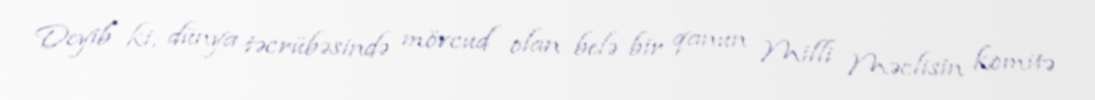
Deyib ki, dünya təcrübəsində mövcud olan belə bir qanun Milli Məclisin komitə